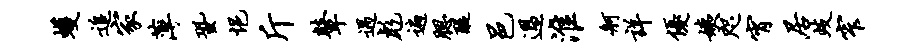
蠖追家薄蛩悒斤鼙遇彪遍腮醍邑过淮舸详优姨咫宵居歧窄